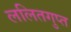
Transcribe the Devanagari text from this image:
ललितगुप्त